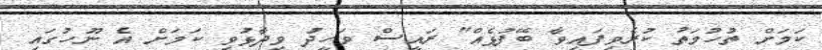
ކަމަށް ތުހުމަތު ކުރެވިފައިވާ ބޭފުޅެއް" ރައީސް ވަހީދު ވިދާޅުވި ކަމަށް އެ ނޫހުގައި